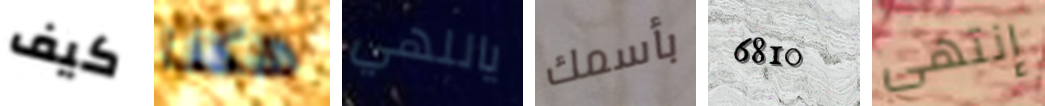
كيف هكذا ياللهي بأسمك 6810 إنتهى